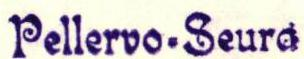
Pellervo-Seura